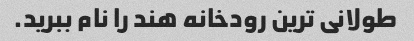
طولانی ترین رودخانه هند را نام ببرید.